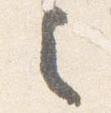
之